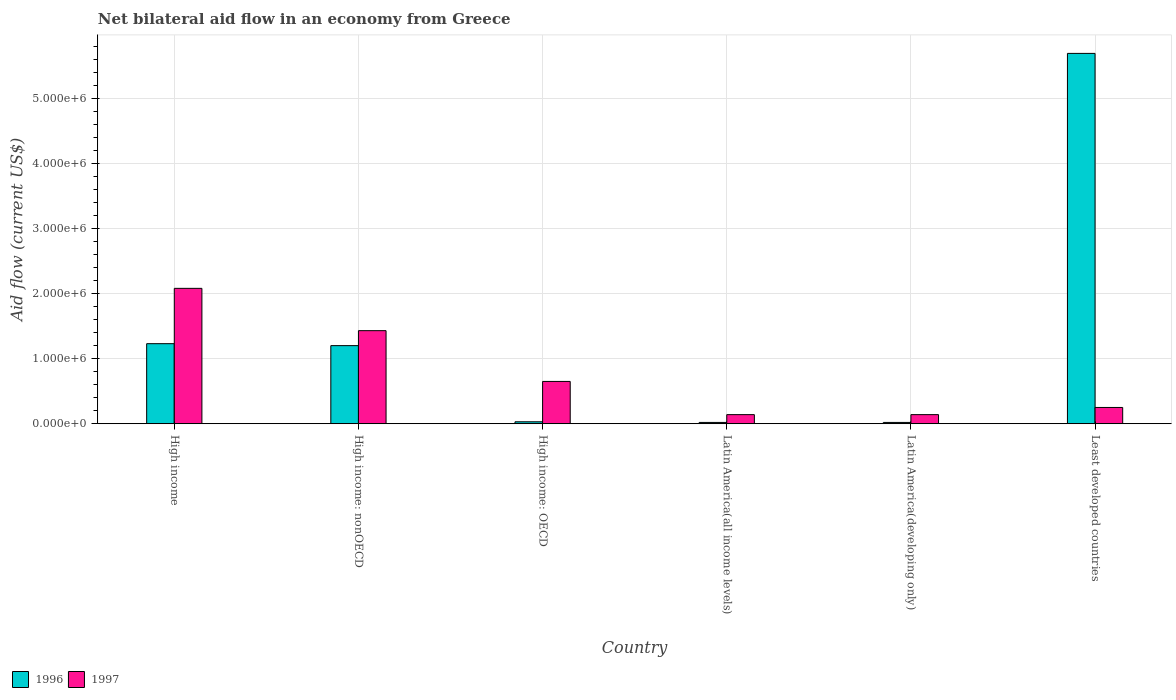
| Country | 1996 | 1997 |
 | --- | --- | --- |
 | High income | 1.23e+06 | 2.08e+06 |
 | High income: nonOECD | 1.2e+06 | 1.43e+06 |
 | High income: OECD | 3e+04 | 6.5e+05 |
 | Latin America(all income levels) | 2e+04 | 1.4e+05 |
 | Latin America(developing only) | 2e+04 | 1.4e+05 |
 | Least developed countries | 5.69e+06 | 2.5e+05 |